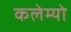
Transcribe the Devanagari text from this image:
कलेम्यो